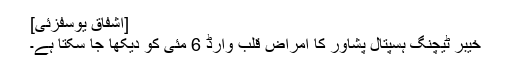
[اشفاق یوسفزئی]
خیبر ٹیچنگ ہسپتال پشاور کا امراضِ قلب وارڈ 6 مئی کو دیکھا جا سکتا ہے۔